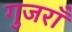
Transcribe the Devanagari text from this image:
गुजराँ